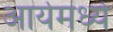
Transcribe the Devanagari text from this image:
आर्येमध्ये